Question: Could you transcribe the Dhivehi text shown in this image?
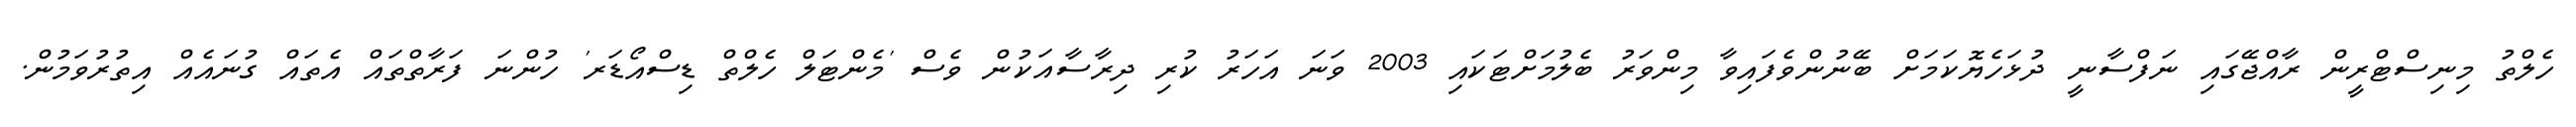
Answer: ހެލްތު މިނިސްޓްރީން ރާއްޖޭގައި ނަފްސާނީ ދުޅަހެޔޮކަމަށް ބޭނުންވެފައިވާ މިންވަރު ބެލުމަށްޓަކައި 2003 ވަނަ އަހަރު ކުރި ދިރާސާއަކުން ވެސް 'މެންޓަލް ހެލްތް ޑިސްއޯޑަރ' ހުންނަ ފަރާތްތައް އެތައް ގުނައެއް އިތުރުވަމުން.